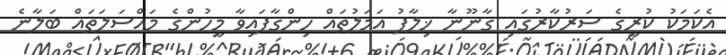
އެކަމަކު ކުރީގެ ސަރުކާރުގައި ގާނޫނާ ޚިލާފު އަމަލުތައް ހިންގާފައިވާ މީހުންގެ މައްސަލަތައް ބަލާނެ